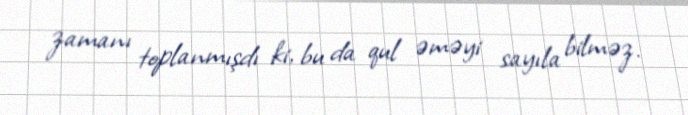
zamanı toplanmışdı ki, bu da qul əməyi sayıla bilməz.